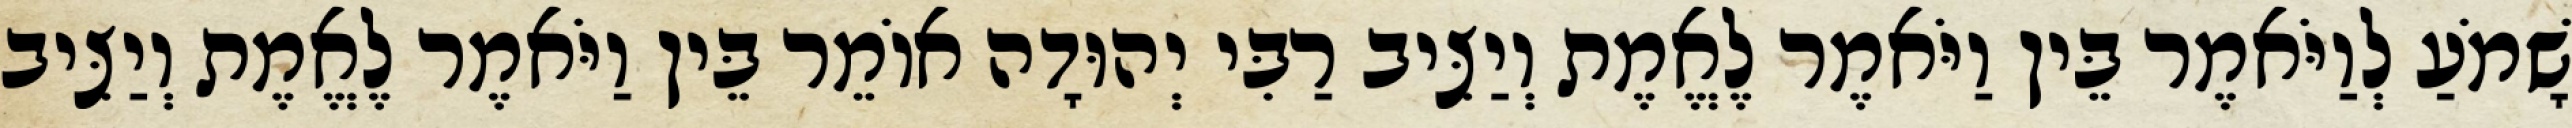
שָׁמֹעַ לְוַיֹּאמֶר בֵּין וַיֹּאמֶר לֶאֱמֶת וְיַצִּיב רַבִּי יְהוּדָה אוֹמֵר בֵּין וַיֹּאמֶר לֶאֱמֶת וְיַצִּיב